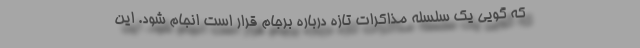
که گویی یک سلسله مذاکرات تازه درباره برجام قرار است انجام شود. این